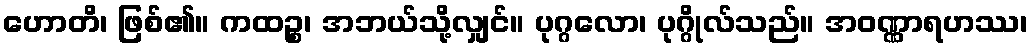
ဟောတိ၊ ဖြစ်၏။ ကထဉ္စ၊ အဘယ်သို့လျှင်။ ပုဂ္ဂလော၊ ပုဂ္ဂိုလ်သည်။ အဝဏ္ဏာရဟဿ၊